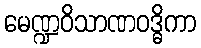
မေဏ္ဍဝိသာဏဝဒ္ဓိကာ